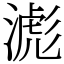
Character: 滮